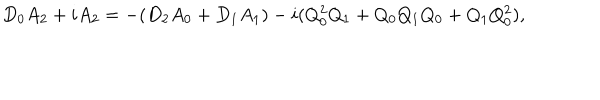
D _ { 0 } A _ { 2 } + i A _ { 2 } = - ( D _ { 2 } A _ { 0 } + D _ { 1 } A _ { 1 } ) - i ( Q _ { 0 } ^ { 2 } Q _ { 1 } + Q _ { 0 } Q _ { 1 } Q _ { 0 } + Q _ { 1 } Q _ { 0 } ^ { 2 } ) ,